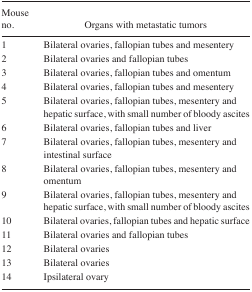
| Mouse no. | Organs with metastatic tumors |
 | --- | --- |
 | 1 | Bilateral ovaries, fallopian tubes and mesentery |
 | 2 | Bilateral ovaries and fallopian tubes |
 | 3 | Bilateral ovaries, fallopian tubes and omentum |
 | 4 | Bilateral ovaries, fallopian tubes and mesentery |
 | 5 | Bilateral ovaries, fallopian tubes, mesentery and hepatic surface, with small number of bloody ascites |
 | 6 | Bilateral ovaries, fallopian tubes and liver |
 | 7 | Bilateral ovaries, fallopian tubes, mesentery and intestinal surface |
 | 8 | Bilateral ovaries, fallopian tubes, mesentery and omentum |
 | 9 | Bilateral ovaries, fallopian tubes, mesentery and hepatic surface, with small number of bloody ascites |
 | 10 | Bilateral ovaries, fallopian tubes and hepatic surface |
 | 11 | Bilateral ovaries and fallopian tubes |
 | 12 | Bilateral ovaries |
 | 13 | Bilateral ovaries |
 | 14 | Ipsilateral ovary |